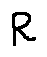
R